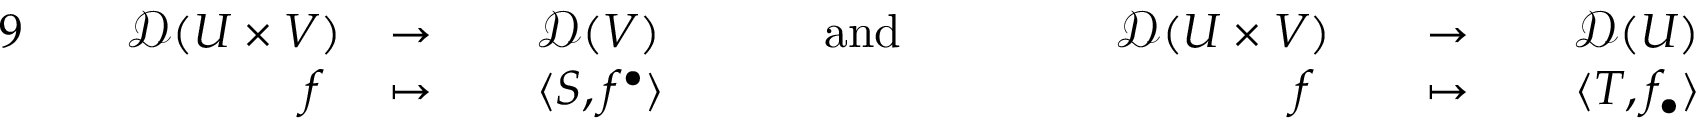
{ \begin{array} { r l r l r l r l r l r l r l r } { { 9 } \, } & { } & { { \mathcal { D } } ( U \times V ) } & { \to \, } & & { { \mathcal { D } } ( V ) } & & { \quad { \mathrm { ~ a n d ~ } } \quad } & & { \, } & { { \mathcal { D } } ( U \times V ) } & { } & { \to \, } & { } & { { \mathcal { D } } ( U ) } \\ & { } & { f \ } & { \mapsto \, } & & { \langle S , f ^ { \bullet } \rangle } & & { } & & { } & { f \ } & { } & { \mapsto \, } & { } & { \langle T , f _ { \bullet } \rangle } \end{array} }